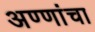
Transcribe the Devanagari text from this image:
अण्णांचा